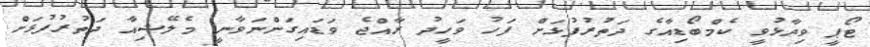
ޓޯޕީ ވިދާޅުވީ ކެމްބޯޑިއާގެ ދަތުރުފުޅަށް ފަހު ވަހީދު ރާއްޖެ ވަޑައިގަންނަވާނީ މެލޭޝިއާ ދަތުރުފުޅަށް